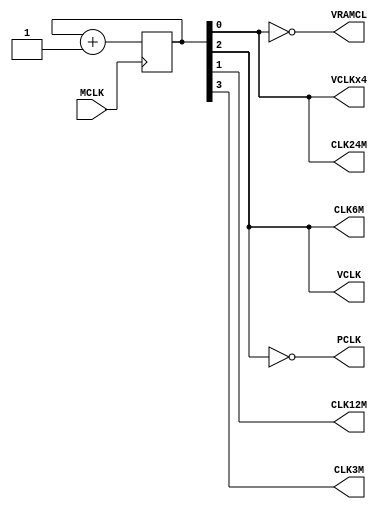
// Copyright (c) 2012 MiSTer-X 

module PKWARS_CLKGEN
(
	input		MCLK,		// 48MHz

	output	VCLKx4,
	output	VCLK,

	output	VRAMCL,
	output	PCLK,

	output	CLK24M,
	output 	CLK12M,
	output	CLK6M,
	output	CLK3M
);

reg [3:0] CLKDIV;
always @( posedge MCLK ) CLKDIV <= CLKDIV+4'b0001;

assign VCLKx4 = CLKDIV[0];	// 24MHz
assign VCLK   = CLKDIV[2];	//  6MHz

assign CLK24M = CLKDIV[0];
assign CLK12M = CLKDIV[1];
assign CLK6M  = CLKDIV[2];
assign CLK3M  = CLKDIV[3];

assign VRAMCL = ~VCLKx4;
assign PCLK   = ~VCLK;

endmodule